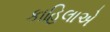
કાહિલાએ